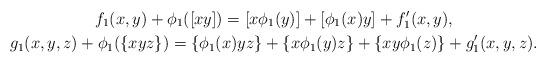
LaTeX: \begin{gather*}f_1(x, y)+\phi_1([xy])=[x\phi_1(y)]+[\phi_1(x)y]+f_1'(x, y),\\g_1(x, y, z)+\phi_1(\{xyz\})=\{\phi_1(x)yz\}+\{x\phi_1(y)z\}+\{xy\phi_1(z)\}+g_1'(x, y, z).\end{gather*}